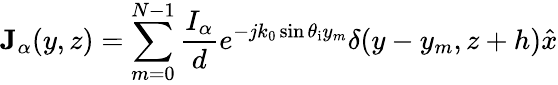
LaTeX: \mathbf{J}_{\alpha}(y,z)=\sum_{m=0}^{N-1}{\frac{I_{\alpha}}{d}}e^{-jk_{0}\sin\theta_{\mathrm{i}}y_{m}}\delta(y-y_{m},z+h)\hat{x}